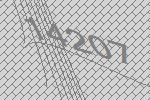
14207